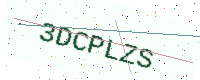
Text: 3DCPLZS